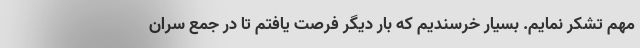
مهم تشکر نمایم. بسیار خرسندیم که بار دیگر فرصت یافتم تا در جمع سران